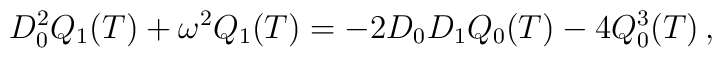
D_{0}^{2}Q_{1}(T)+\omega ^{2}Q_{1}(T)=-2D_{0}D_{1}Q_{0}(T)-4Q^{3}_{0}(T)\, ,